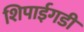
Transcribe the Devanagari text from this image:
शिपाईगडी